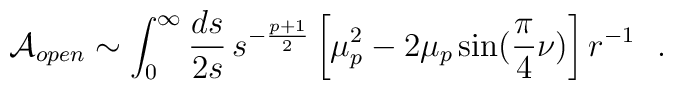
{\cal A}_{open} \sim \int_0^{\infty} {ds \over 2s}\, s^{- {p+1 \over 2}}\left[ \mu_p^2 - 2 \mu_p \sin ( {\pi \over 4} \nu) \right] r^{-1}~~.